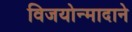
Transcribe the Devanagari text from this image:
विजयोन्मादाने